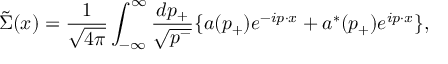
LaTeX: \tilde { \Sigma } ( x ) = \frac { 1 } { \sqrt { 4 { \pi } } } \int _ { - { \infty } } ^ { \infty } \frac { d p _ { + } } { \sqrt { p ^ { - } } } \{ a ( p _ { + } ) e ^ { - i p { \cdot } x } + a ^ { \ast } ( p _ { + } ) e ^ { i p { \cdot } x } \} ,